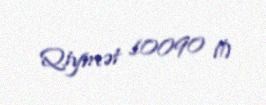
Qiymət 10090 ₼